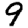
Digit: 9